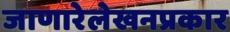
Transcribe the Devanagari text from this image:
जाणारेलेखनप्रकार